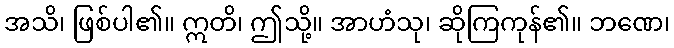
အသိ၊ ဖြစ်ပါ၏။ ဣတိ၊ ဤသို့။ အာဟံသု၊ ဆိုကြကုန်၏။ ဘဏေ၊